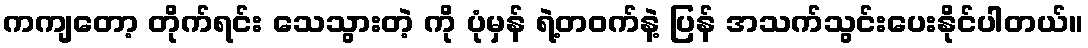
ကကျတော့ တိုက်ရင်း သေသွားတဲ့ ကို ပုံမှန် ရဲ့တဝက်နဲ့ ပြန် အသက်သွင်းပေးနိုင်ပါတယ်။